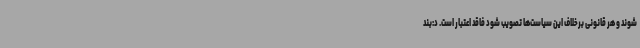
شوند و هر قانونی برخلاف این سیاست‌ها تصویب شود فاقد اعتبار است. د:بند